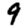
Digit: 9